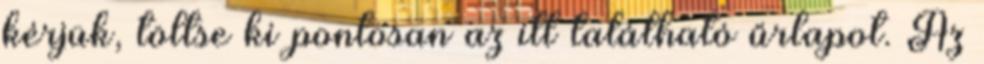
kérjük, töltse ki pontosan az itt található űrlapot. Az